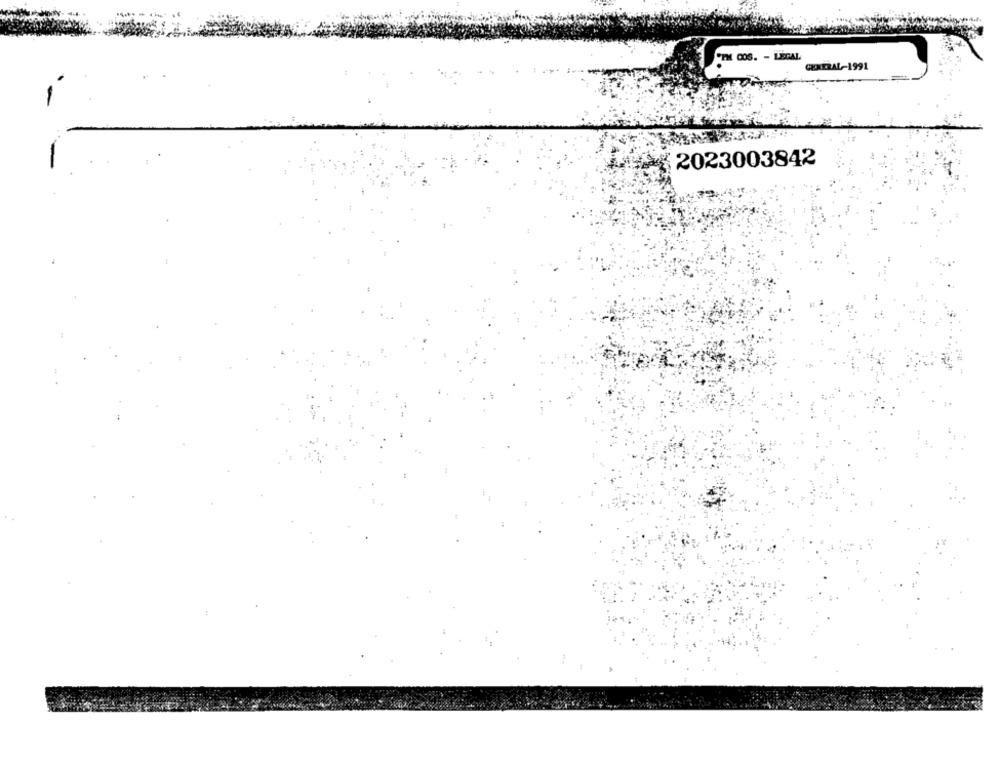
PEM DOS. - LEGAL
GENERAL-1991
2023003842